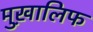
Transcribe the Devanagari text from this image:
मुख़ालिफ